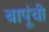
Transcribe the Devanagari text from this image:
बापूंची